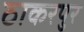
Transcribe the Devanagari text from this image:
ठाकरपुर